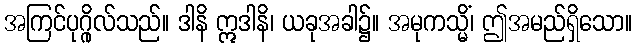
အကြင်ပုဂ္ဂိုလ်သည်။ ဒါနိ ဣဒါနိ၊ ယခုအခါ၌။ အမုကသ္မိံ၊ ဤအမည်ရှိသော။